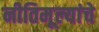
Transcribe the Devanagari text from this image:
नीतिमूल्यांचे